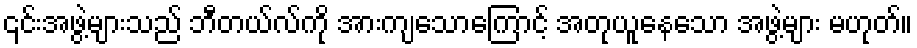
၎င်းအဖွဲ့များသည် ဘီတယ်လ်ကို အားကျသောကြောင့် အတုယူနေသော အဖွဲ့များ မဟုတ်။